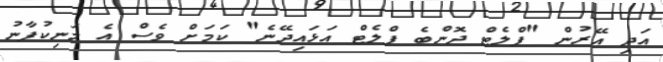
އަދި އޭރުން "ފްލެޓް ދޮންބެ ފްލެޓް އަޅައިދޭނެ" ކަމަށް ވެސް އެ މަނިކުފާނު